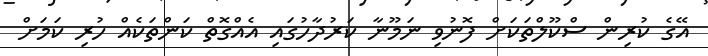
އޭގެ ކުރިން ސްކޫލްތަކަށް ފޮނުވި ނަމޫނާ ކަރުދާހުގައި އެއްގޮތް ކަންތަކެއް ހުރި ކަމަށް